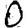
Digit: 0